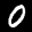
Label: 0